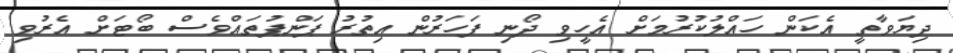
ދިޔަވާތީ އެކަން ހައްލުކުރުމަށް އެހީވި ދޯނި ފަހަރުން އިތުރު ޕަންޕުތައްވެސް ބޯޓަށް އެރުވި